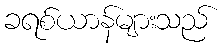
ခရစ်ယာန်များသည်